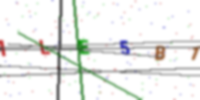
Text: ILE5B1